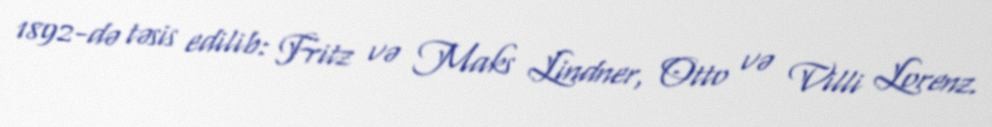
1892-də təsis edilib: Fritz və Maks Lindner, Otto və Villi Lorenz.